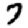
Digit: 7